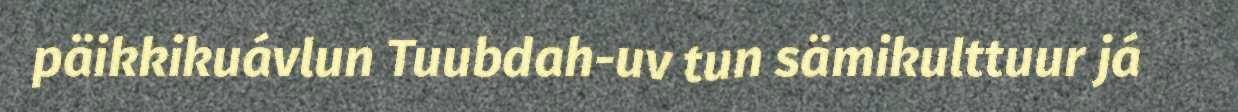
päikkikuávlun Tuubdah-uv tun sämikulttuur já